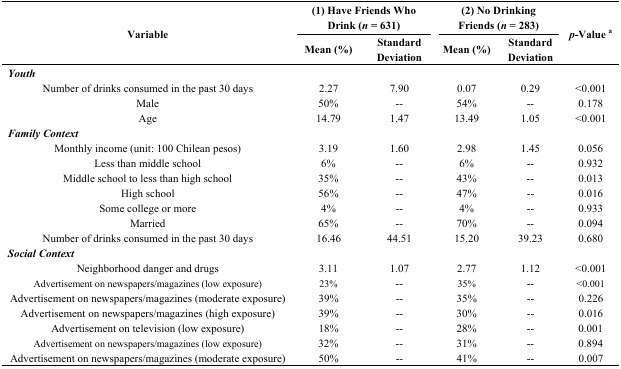
| <ROWSPAN=2> Variable | <COLSPAN=2> (1) Have Friends Who Drink (n = 631) | <COLSPAN=2> (2) No Drinking Friends (n = 283) | <ROWSPAN=2> p-Value a |
 | Mean (%) | Standard Deviation | Mean (%) | Standard Deviation |
 | --- | --- | --- | --- | --- | --- |
 | <COLSPAN=6> Youth |
 | Number of drinks consumed in the past 30 days | 2.27 | 7.90 | 0.07 | 0.29 | <0.001 |
 | Male | 50% | -- | 54% | -- | 0.178 |
 | Age | 14.79 | 1.47 | 13.49 | 1.05 | <0.001 |
 | <COLSPAN=6> Family Context |
 | Monthly income (unit: 100 Chilean pesos) | 3.19 | 1.60 | 2.98 | 1.45 | 0.056 |
 | Less than middle school | 6% | -- | 6% | -- | 0.932 |
 | Middle school to less than high school | 35% | -- | 43% | -- | 0.013 |
 | High school | 56% | -- | 47% | -- | 0.016 |
 | Some college or more | 4% | -- | 4% | -- | 0.933 |
 | Married | 65% | -- | 70% | -- | 0.094 |
 | Number of drinks consumed in the past 30 days | 16.46 | 44.51 | 15.20 | 39.23 | 0.680 |
 | <COLSPAN=6> Social Context |
 | Neighborhood danger and drugs | 3.11 | 1.07 | 2.77 | 1.12 | <0.001 |
 | Advertisement on newspapers/magazines (low exposure) | 23% | -- | 35% | -- | <0.001 |
 | Advertisement on newspapers/magazines (moderate exposure) | 39% | -- | 35% | -- | 0.226 |
 | Advertisement on newspapers/magazines (high exposure) | 39% | -- | 30% | -- | 0.016 |
 | Advertisement on television (low exposure) | 18% | -- | 28% | -- | 0.001 |
 | Advertisement on newspapers/magazines (low exposure) | 32% | -- | 31% | -- | 0.894 |
 | Advertisement on newspapers/magazines (moderate exposure) | 50% | -- | 41% | -- | 0.007 |